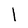
Character: l